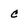
Character: c